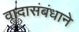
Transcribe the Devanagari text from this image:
वादासंबंधाने